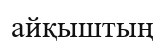
айқыштың